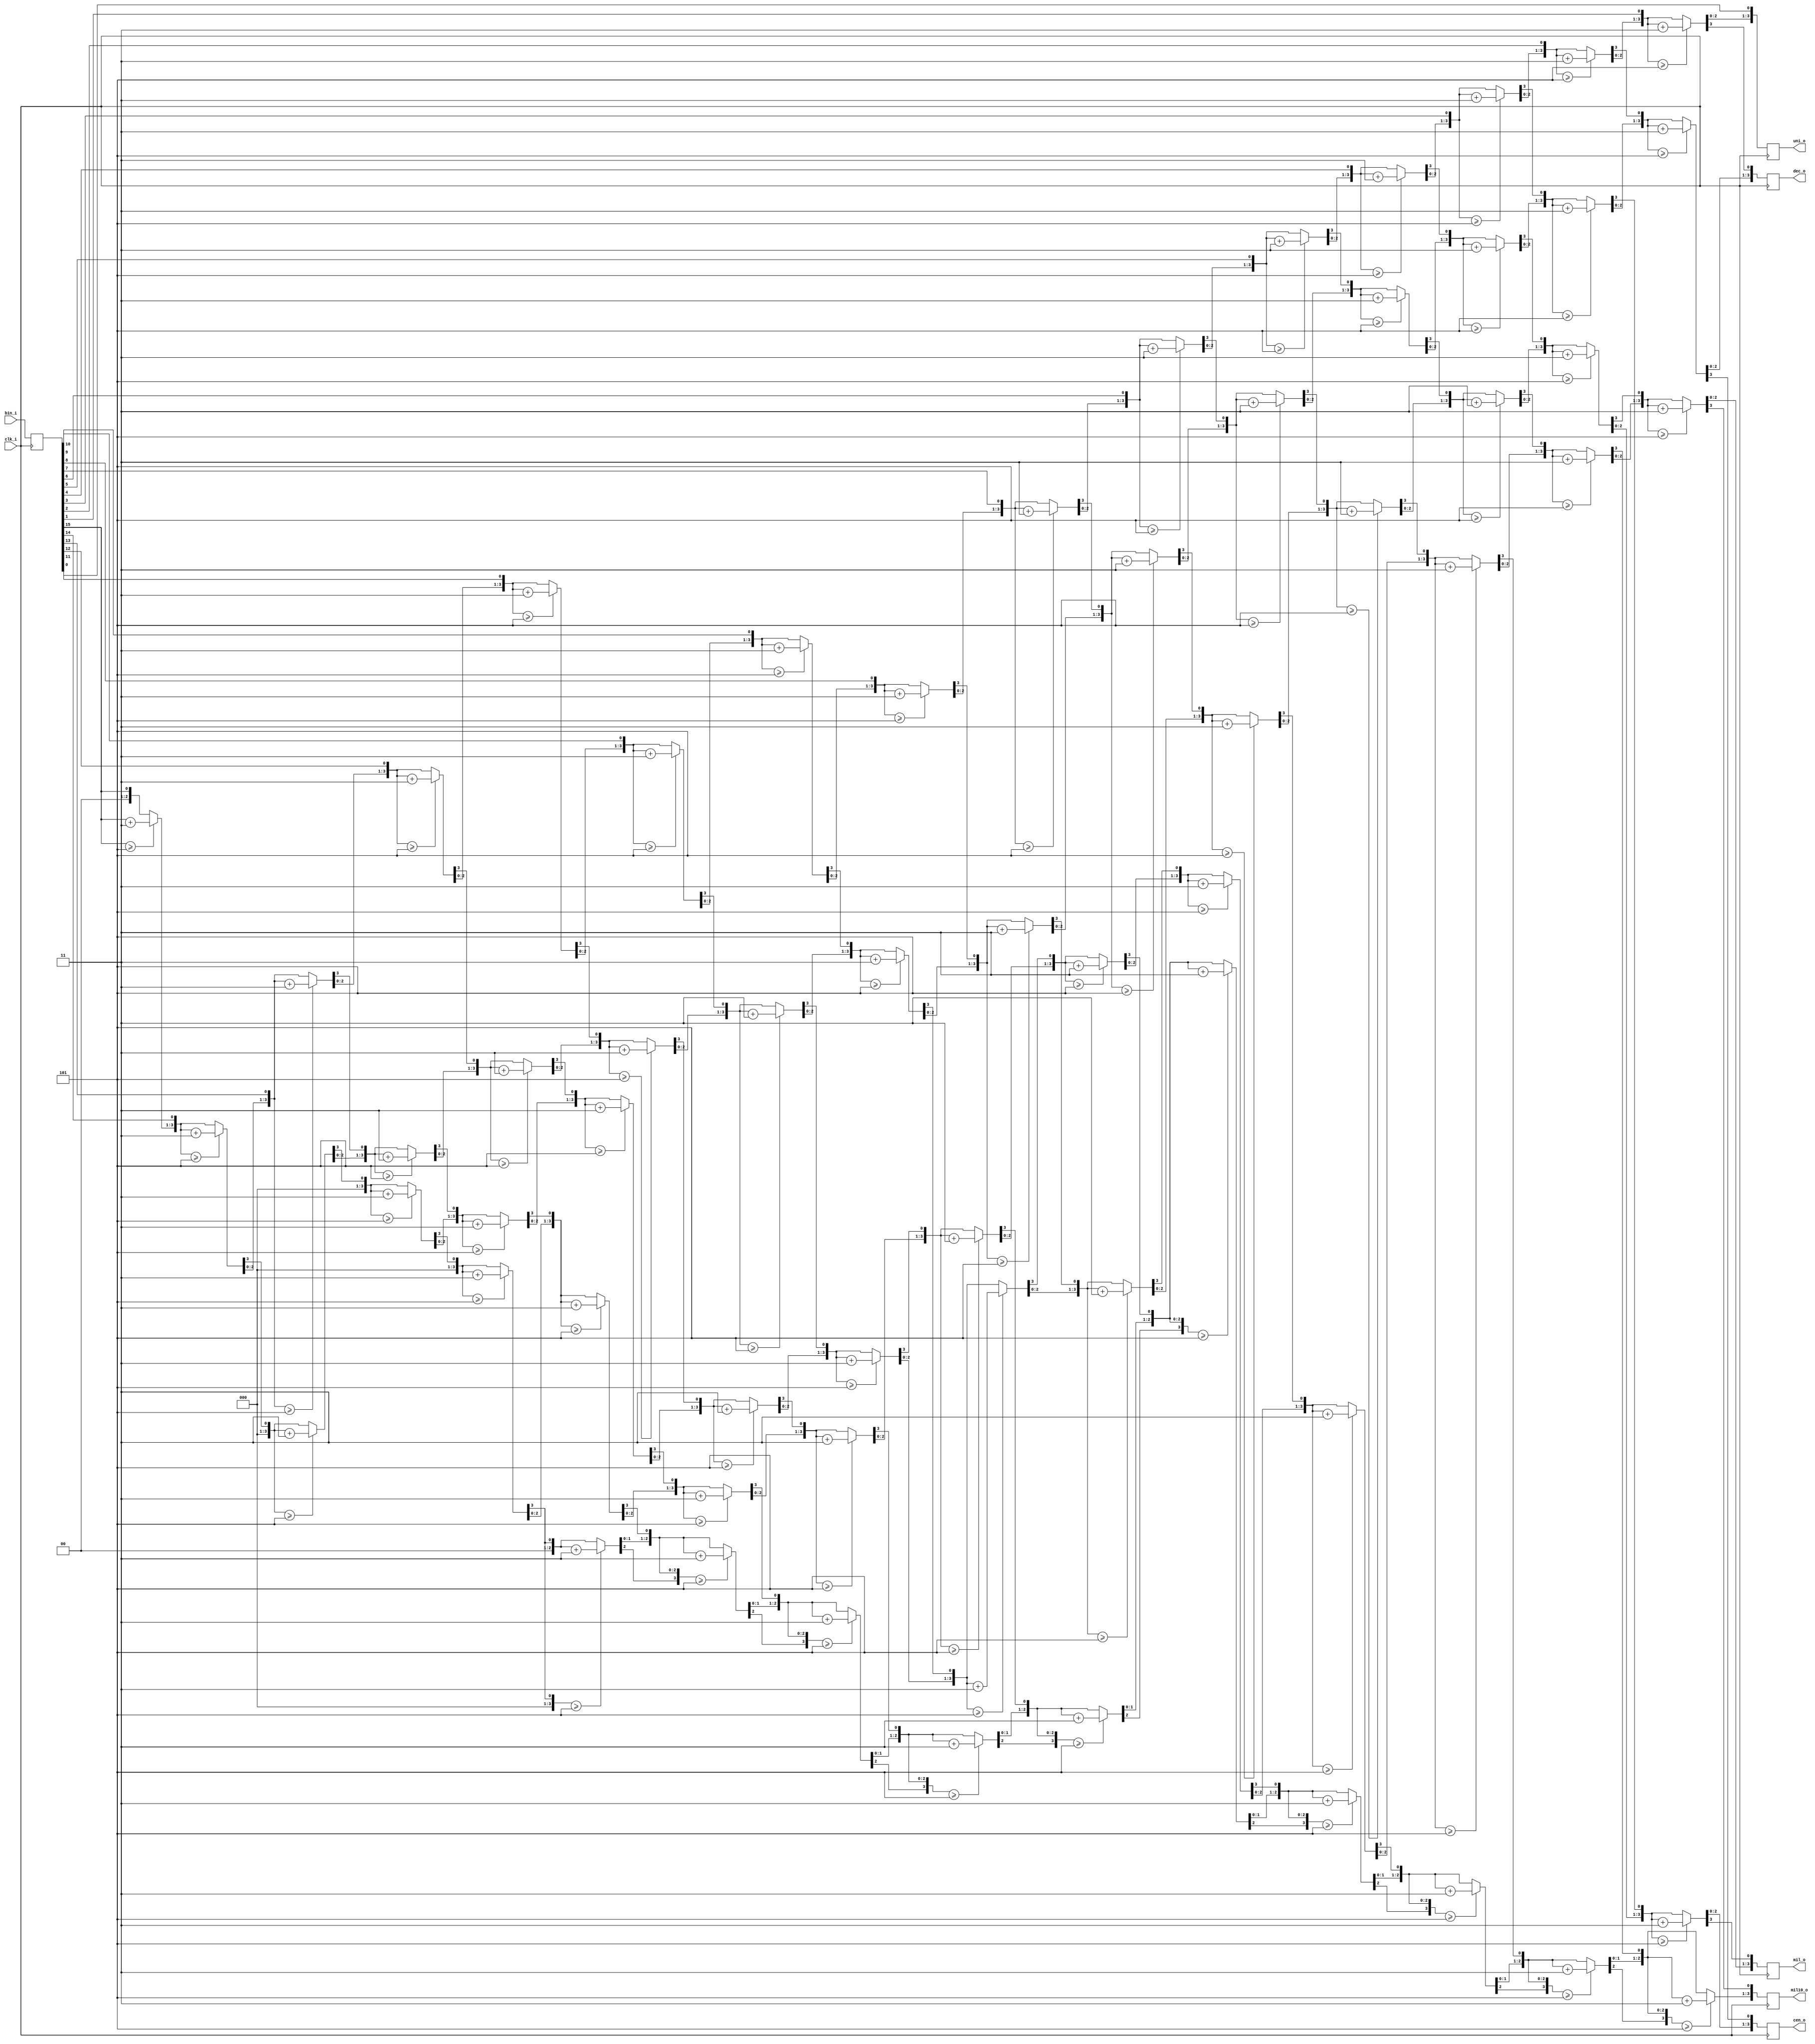
module bin2BCD( 
	input clk_i, //Used to register input
	input	[15:0] bin_i, //16-bits words to 5 BCD coder 
	output reg [3:0] uni_o, 
	output reg [3:0] dec_o, 
	output reg [3:0] cen_o, 
	output reg [3:0] mil_o,
	output reg [3:0] mil10_o
);
reg [15:0] binR = 16'b0; 	//This way inputs are registered
always @(posedge clk_i)
	binR <= bin_i; 
//-------------How to convert 16 bits to 5 BCD?-------------
reg [3:0] MIL10; 
reg [3:0] MIL; 
reg [3:0] CEN; 
reg [3:0] DEC; 
reg [3:0] UNI; 
integer i; 
always @(binR) begin
	MIL10 = 4'b0; 
	MIL = 4'b0; 
	CEN = 4'b0; 
	DEC = 4'b0; 
	UNI = 4'b0; 

	for(i=15; i>=0; i=i-1) begin 
		if(MIL10 >= 5)
			MIL10 = MIL10+3; 
		if(MIL >= 5)
			MIL = MIL+3; 
		if(CEN >= 5)
			CEN = CEN+3; 
		if(DEC >= 5)
			DEC = DEC+3; 
		if(UNI >= 5)
			UNI = UNI+3;
		MIL10 = MIL10<<1; 
		MIL10[0] = MIL[3];
		MIL = MIL<<1; 
		MIL[0] = CEN[3];
		CEN = CEN<<1; 
		CEN[0] = DEC[3]; 
		DEC = DEC<<1; 
		DEC[0] = UNI[3];
		UNI = UNI<<1; 
		UNI[0] = binR[i];  
	end 
end 
//---------------------------------------------------------
always @(posedge clk_i) begin //Outputs are registered
	uni_o <= UNI; 
	dec_o <= DEC;
	cen_o <= CEN;
	mil_o <= MIL; 	
	mil10_o <= MIL10;
end
endmodule 

/**
module bin2BCD_tb(); 
reg clk_tb; 
reg [15:0] bin_tb; 
wire [3:0] uni_tb; 
wire [3:0] dec_tb; 
wire [3:0] cen_tb; 
wire [3:0] mil_tb; 
wire [3:0] mil10_tb; 

bin2BCD_tb b2BCD(clk_tb, bin_tb, uni_tb, dec_tb, cen_tb, mil_tb, mil10_tb);

initial begin 
	clk_tb <= 1'b0; 
	bin_tb <= 16'b0; 
end  

always begin 
	#50
		clk_tb <= ~clk_tb; 
end 

always begin
	#100
		bin_tb <= 16'hBABE; 
	#100
		bin_tb <= 16'hFACE;
	#100
		bin_tb <= 16'hBEEF;
	#100
		bin_tb <= 16'hFEED;
	#100
		bin_tb <= 16'hB00B; 	
end 
endmodule 
**/